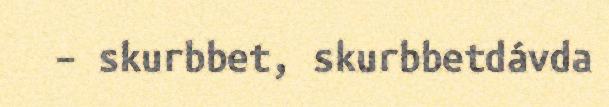
– skurbbet, skurbbetdávda